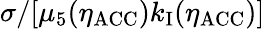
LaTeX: \sigma/[\mu_{5}(\eta_{\mathrm{ACC}})k_{\mathrm{I}}(\eta_{\mathrm{ACC}})]